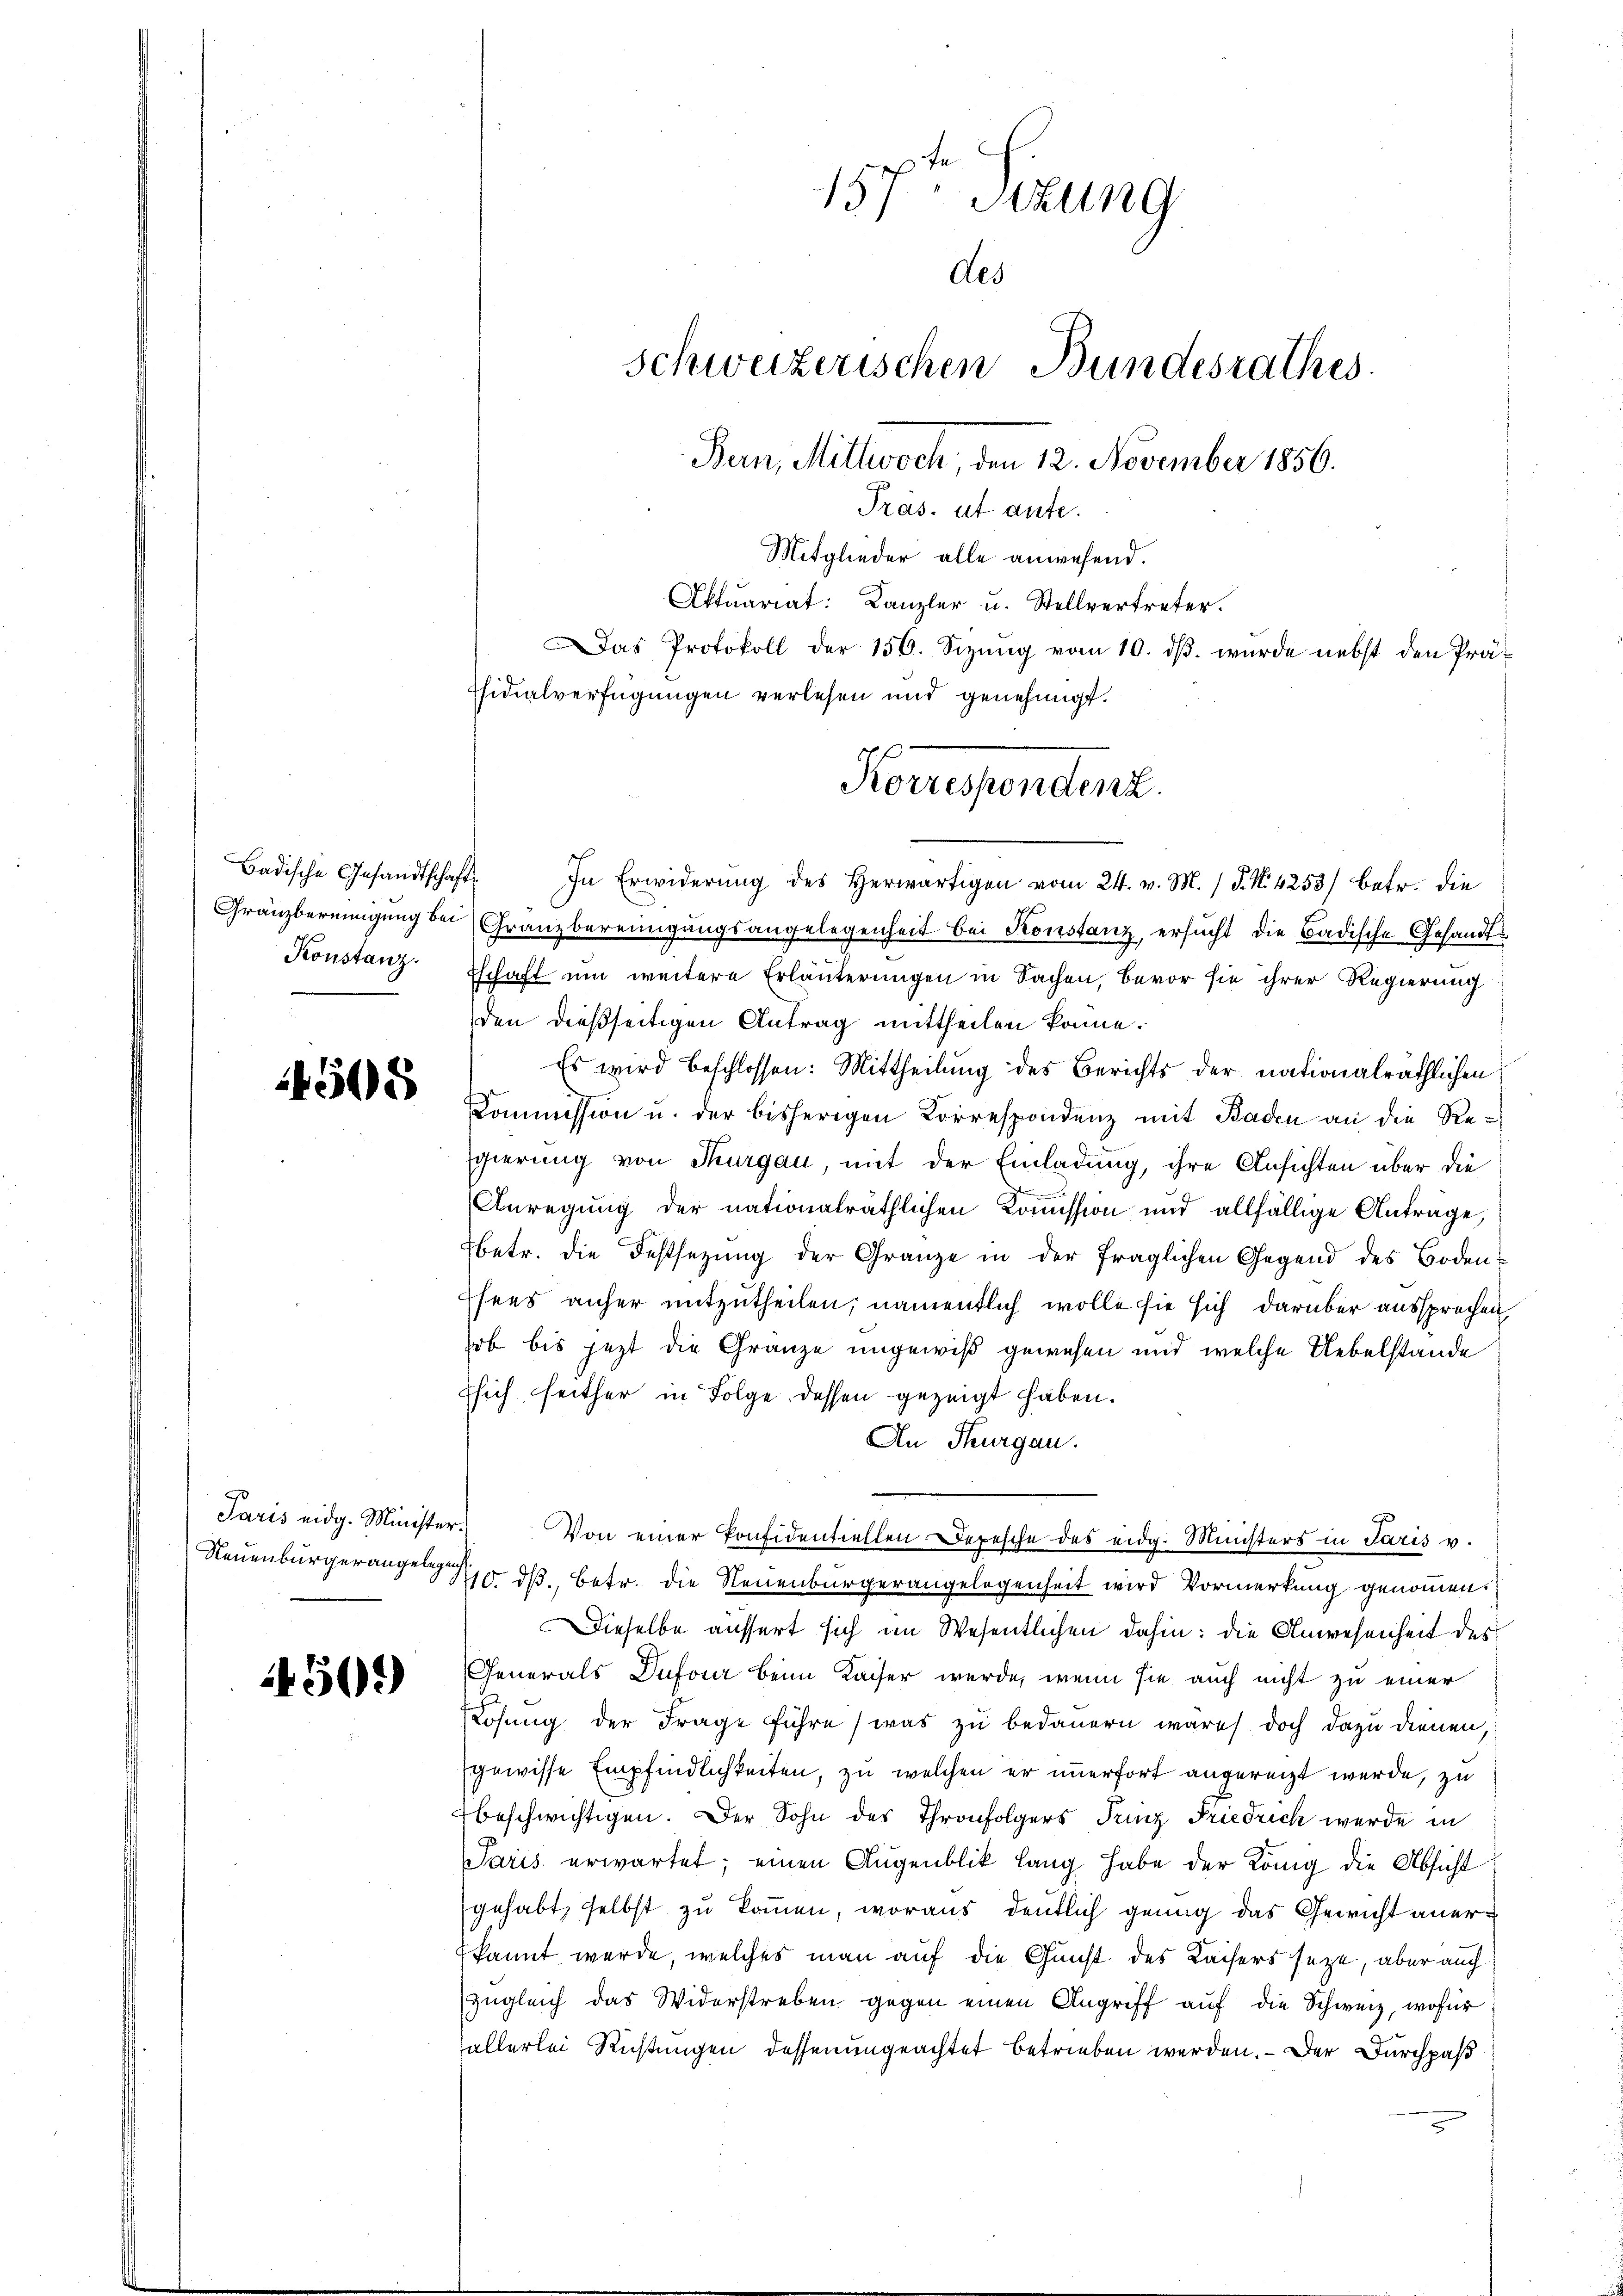
Badische Gesandtschaft
Konstanz.

1505

Paris eidg. Minister.

1509)

In Erwiderŭng des Herwärtigen vom 24. v. M. (§. N. 4253) betr. die
Gränzbereinigung bei Granzbereinigungsangelegenheit bei Konstanz, ersucht die Badische Gesandts
Eschaft um weitere Erläuterungen in Sachen, bevor sie ihrer Regierung
den dießseitigen Antrag mittheilen könne.
Es wird beschlossen: Mittheilung des Berichts der nationalräthlichen
Kommission u. der bisherigen Korrespondenz mit Baden an die Regierung von Thurgau, mit der Einladung, ihre Ansichten über die
Anregung der nationalräthlichen Kommission und allfällige Anträge,
Ebetr. die Festsezung der Granze in der fraglichen Gegend des Boden¬
Esens anher mitzutheilen; namentlich wolle sie sich darüber aussprechen,
hob bis jetzt die Gränze ungewiß gewesen und welche Uebelstande
fsich seither in Folge dessen gezeigt haben.
An Thurgau.
Von einer Konfidentiellen. Depesche des eidg. Ministers in Paris v.
Neuenburgerangen 10. ds., betr. die Neuenburgerangelegenheit wird Vormerkung genommen.
Dieselbe aussert sich im Wesentlichen dahin: die Anwesenheit des
Generals Dufour beim Kaiser werde, wenn sie auch nicht zu einer
Lösung der Frage führe, was zu bedauern wäre doch dazu dienen
gewisse Empfindlichkeiten, zu welchen er unerfort angereizt werde, zu
beschwichtigen. Der Sohn des Thronfolgers Trinz Friedrich werde in
Paris erwartet; einen Augenblik lang habe der König die Absicht
gehabt, selbst zu kommen, woraus deutlich genug das Gewicht anerkannt werde, welches man auf die Gunst des Kaisers seze, aber auch
zugleich das Widerstreben gegen einen Angriff auf die Schweiz, wofür
allerlei Richtungen dessenungeachtet betrieben werden. – Der Durchpaß

157. Sitzung
des
schweizerischen Bundesrathes.
Bern, Mittwoch. 12. November 1856.
Präs. ut aufe.
Mitglieder alle anwesend.
Aktuariat: Kanzler u. Stellvertreter.
as Protokoll der 156. Sizŭng vom 10. dβ. wurde nebst den Prä-
Tsidialverfügungen verlesen und genehmigt.

Koruspendent.